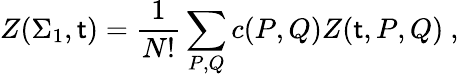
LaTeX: Z(\Sigma_{1},\mathsf{t})={\frac{{1}}{{N!}}}\sum_{P,Q}c(P,Q)Z(\mathsf{t},P,Q)~,